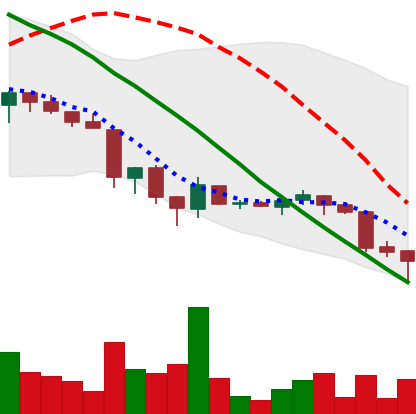
Ticker: ADA-USD
Chart end date: 2018-06-24
Forward return: -5.262%
Label: down_5_7